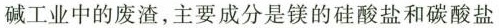
碱工业中的废渣，主要成分是镁的硅酸盐和碳酸盐